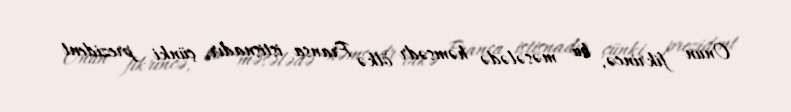
Onun fikrincə, bu məsələdə həmsədr ölkə Fransa istisnadır, çünki prezident